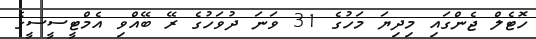
ހޮޓެލް ޖެންގައި މިދިޔަ މަހުގެ 31 ވަނަ ދުވަހުގެ ރޭ ބޭއްވި އެމްޓީސީސީގެ